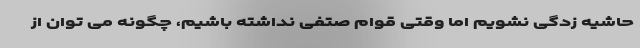
حاشیه زدگی نشویم اما وقتی قوام صتفی نداشته باشیم، چگونه می توان از